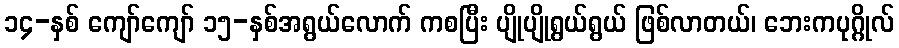
၁၄-နှစ် ကျော်ကျော် ၁၅-နှစ်အရွယ်လောက် ကစပြီး ပျိုပျိုရွယ်ရွယ် ဖြစ်လာတယ်၊ ဘေးကပုဂ္ဂိုလ်